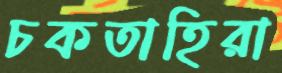
চকতাহিরা